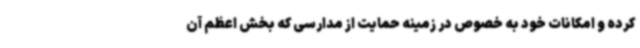
کرده و امکانات خود به خصوص در زمینه حمایت از مدارسی که بخش اعظم آن